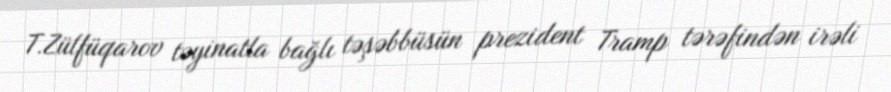
T.Zülfüqarov təyinatla bağlı təşəbbüsün prezident Tramp tərəfindən irəli